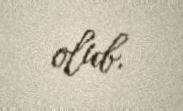
olub.